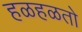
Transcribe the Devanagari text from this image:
हळहळतो